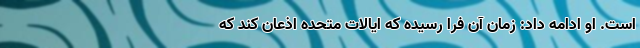
است. او ادامه داد: زمان آن فرا رسیده که ایالات متحده اذعان کند که